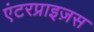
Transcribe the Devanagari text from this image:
एंटरप्राइज़स